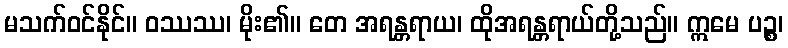
မသက်ဝင်နိုင်။ ဝဿဿ၊ မိုး၏။ တေ အရန္တရာယ၊ ထိုအရန္တရာယ်တို့သည်။ ဣမေ ပဉ္စ၊